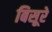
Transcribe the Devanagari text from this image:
बिसूरे